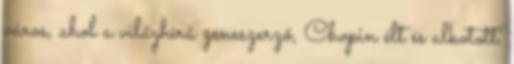
város, ahol a világhírű zeneszerző, Chopin élt és alkotott.